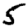
Digit: 5